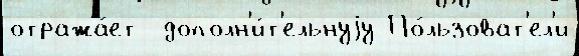
отража́ет  дополн'и́т'ельнуjу По́льзоват'ел'и